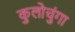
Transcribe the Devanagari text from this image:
कुलोचुंगा